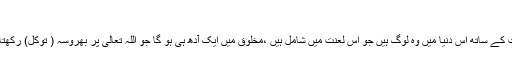
‘‘
کثرت کے ساتھ اس دنیا میں وہ لوگ ہیں جو اس لعنت میں شامل ہیں ،مخلوق میں ایک آدھ ہی ہو گا جو اللہ تعالیٰ پر بھروسہ ( توکل) رکھتا ہے۔